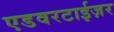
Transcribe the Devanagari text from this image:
एडवरटाईज़र